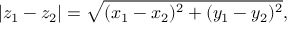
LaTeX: | z _ { 1 } - z _ { 2 } | = { \sqrt { ( x _ { 1 } - x _ { 2 } ) ^ { 2 } + ( y _ { 1 } - y _ { 2 } ) ^ { 2 } } } ,